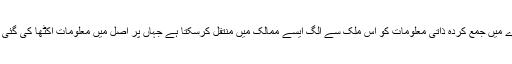
WPO آپ کے بارے میں جمع کردہ ذاتی معلومات کو اس ملک سے الگ ایسے ممالک میں منتقل کرسکتا ہے جہاں پر اصل میں معلومات اکٹھا کی گئی تھی۔